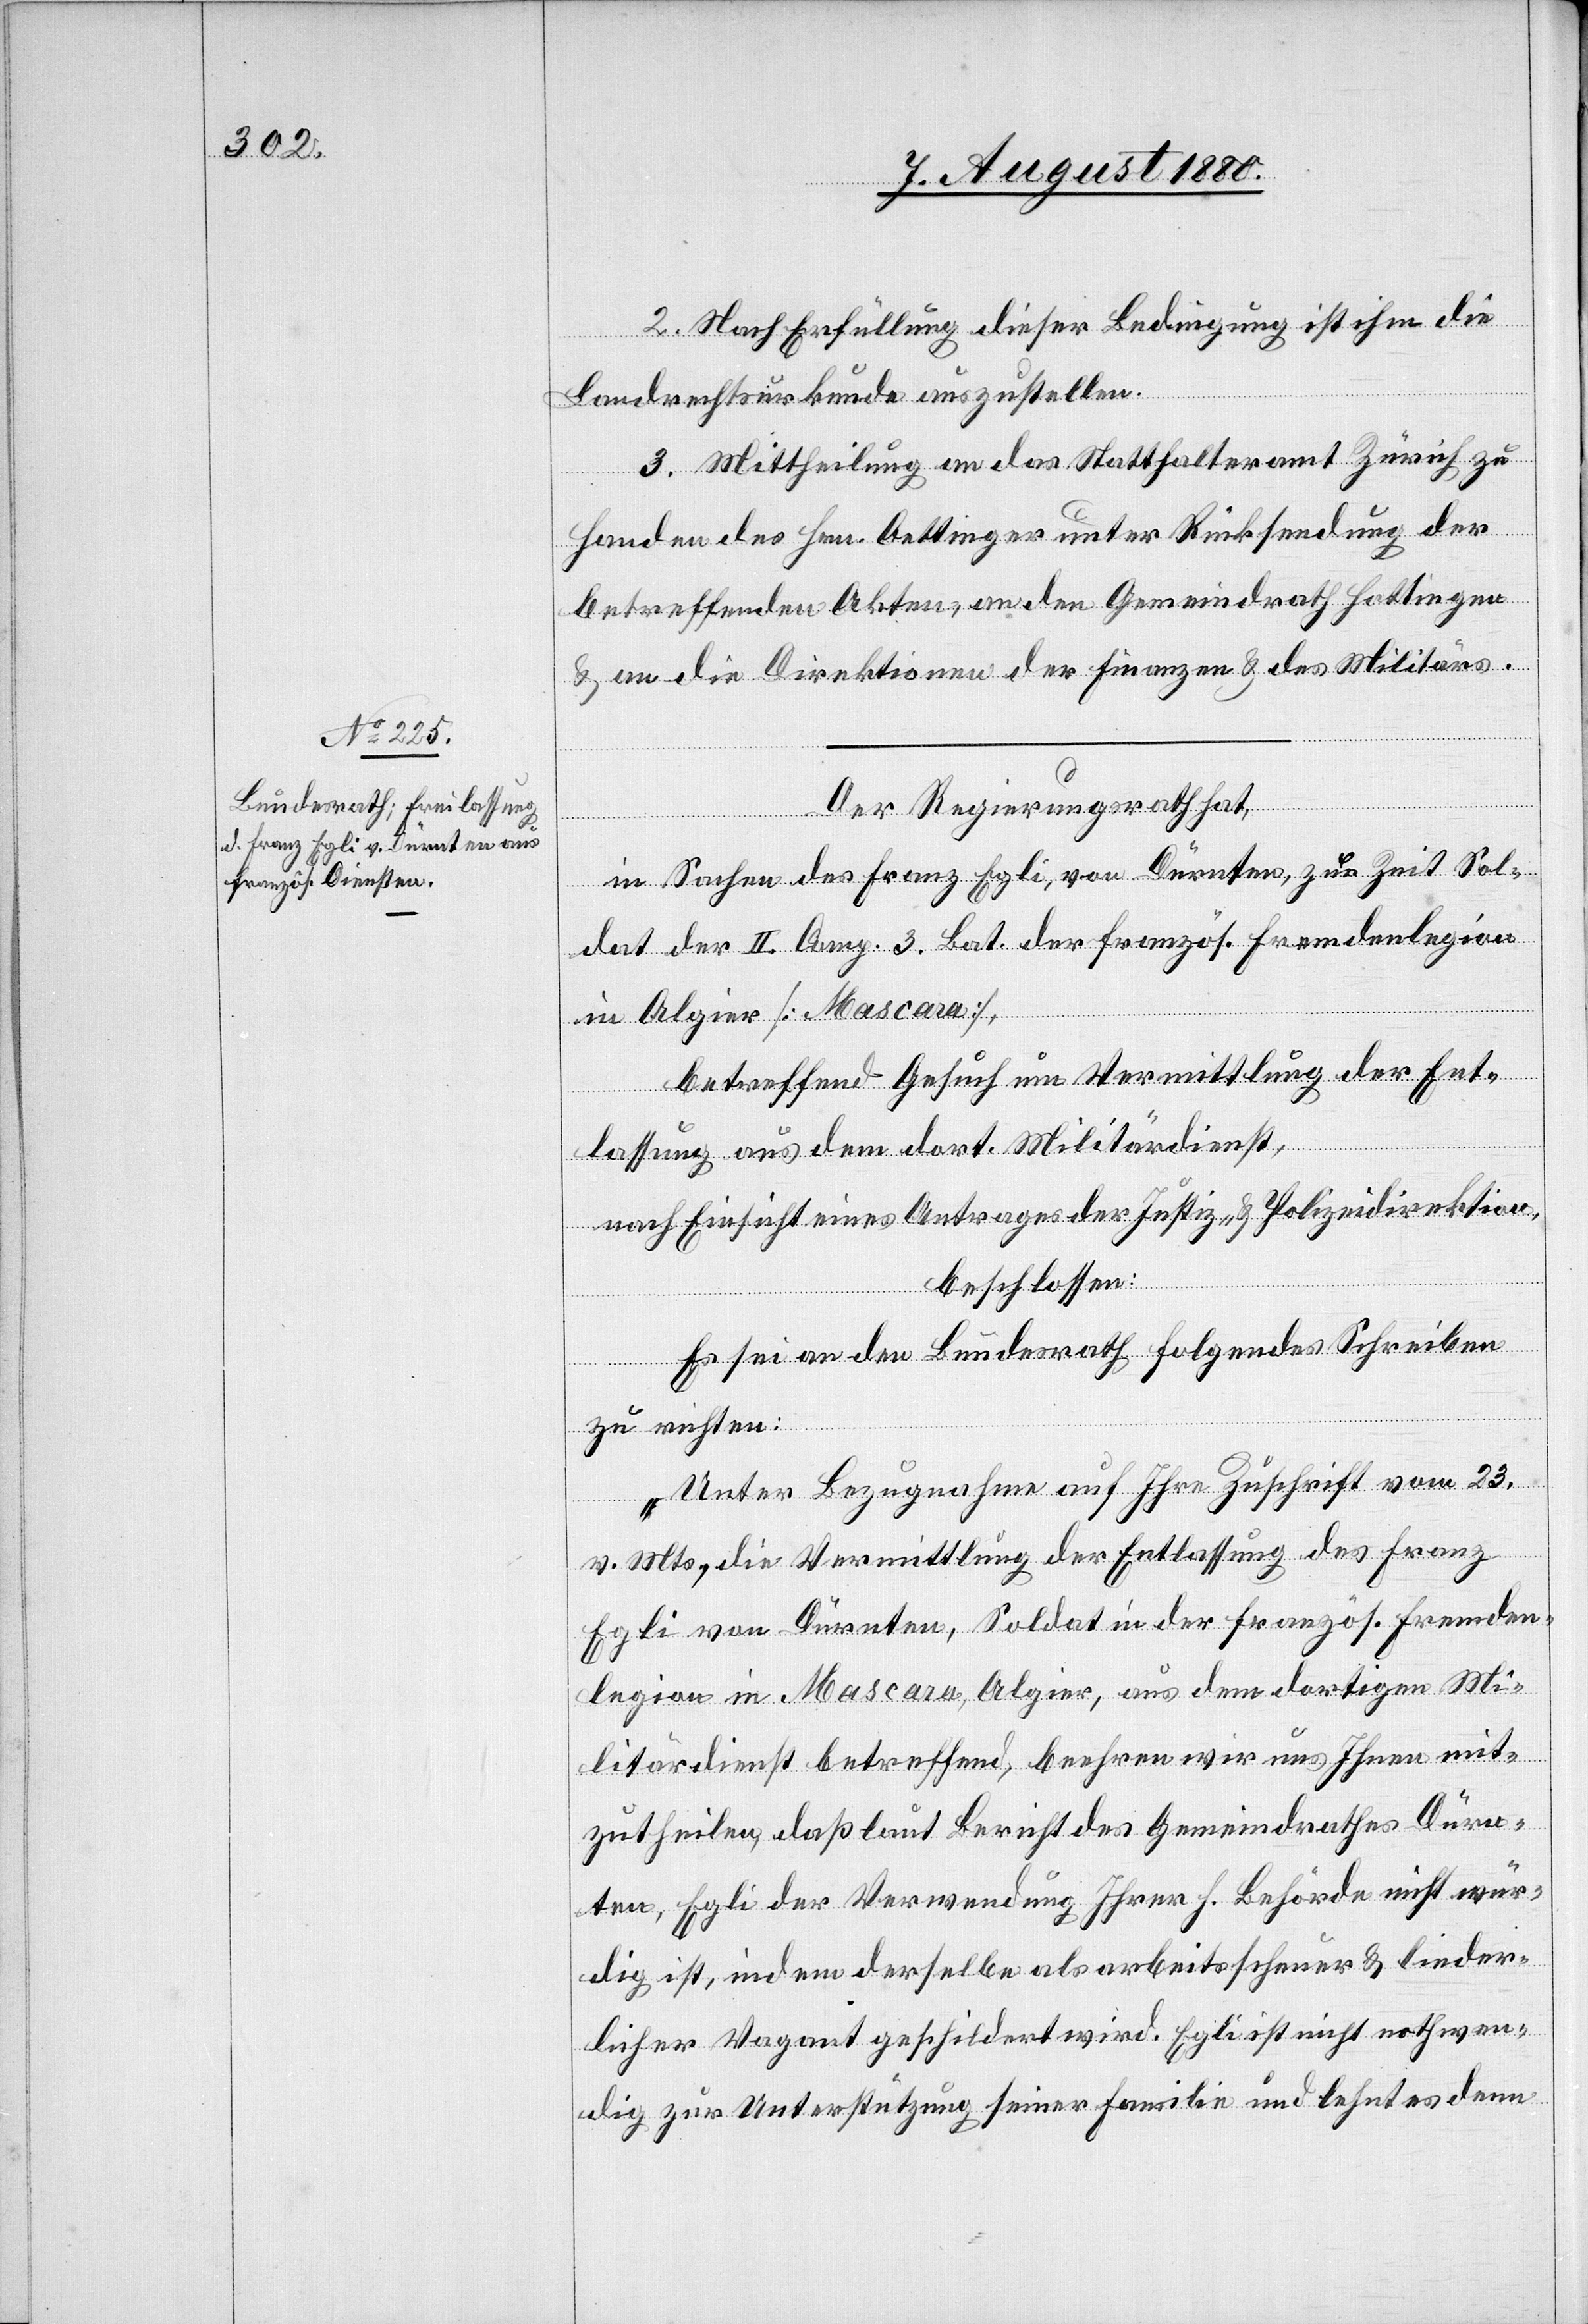
2. Nach Erfüllung dieser Bedingung ist ihm die
Landrechtsurkunde auszustellen.
3. Mittheilung an das Statthalteramt Zürich zu
Handen des Hrn. Oettinger unter Rücksendung der
betreffenden Akten, an den Gemeindrath Hottingen
& an die Direktionen der Finanzen & des Militärs.
Der Regierungsrath hat,
in Sachen des Franz Egli, von Dürnten, zur Zeit Sol¬
dat der II. Comp. 3. Bat. der französ. Fremdenlegion
in Algier [Mascara],
betreffend Gesuch um Vermittlung der Er¬
lassung aus dem dort. Militärdienst,
nach Einsicht eines Antrages der Justiz- & Polizeidirektion,
beschlossen:
Es sein an den Bundesrath folgendes Schreiben
zu richten:
„Unter Bezugnahme auf Ihre Zuschrift vom 23.
v. Mts., die Vermittlung der Entlassung des Franz
Egli von Dürnten, Soldat in der französ. Fremden¬
legion in Mascara, Algier, aus dem dortigen Mi¬
litärdienst betreffend, beehren wir uns Ihnen mit¬
zutheilen, daß laut Bericht des Gemeindrathes Dürn¬
ten, Egli der Verwendung Ihrer h. Behörde nicht wür¬
dig ist, indem derselbe als arbeitsscheuer & lieder¬
licher Vagant geschildert wird. Egli ist nicht nothwen¬
dig zur Unterstützung seiner Familie und lehnt es denn